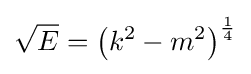
{\sqrt {E}}=\left(k^{2}-m^{2}\right)^{\frac {1}{4}}